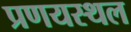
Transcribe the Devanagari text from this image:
प्रणयस्थल